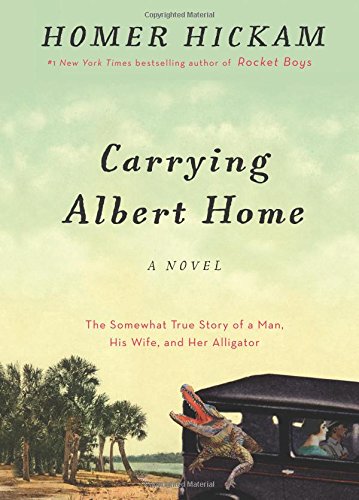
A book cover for Carrying Albert Home: The Somewhat True Story of A Man, His Wife, and Her Alligator; Homer Hickam; Literature & Fiction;